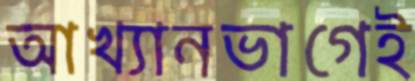
আখ্যানভাগেই